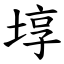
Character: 埻